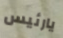
يارئيس